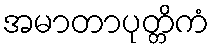
အမာတာပုတ္တိကံ